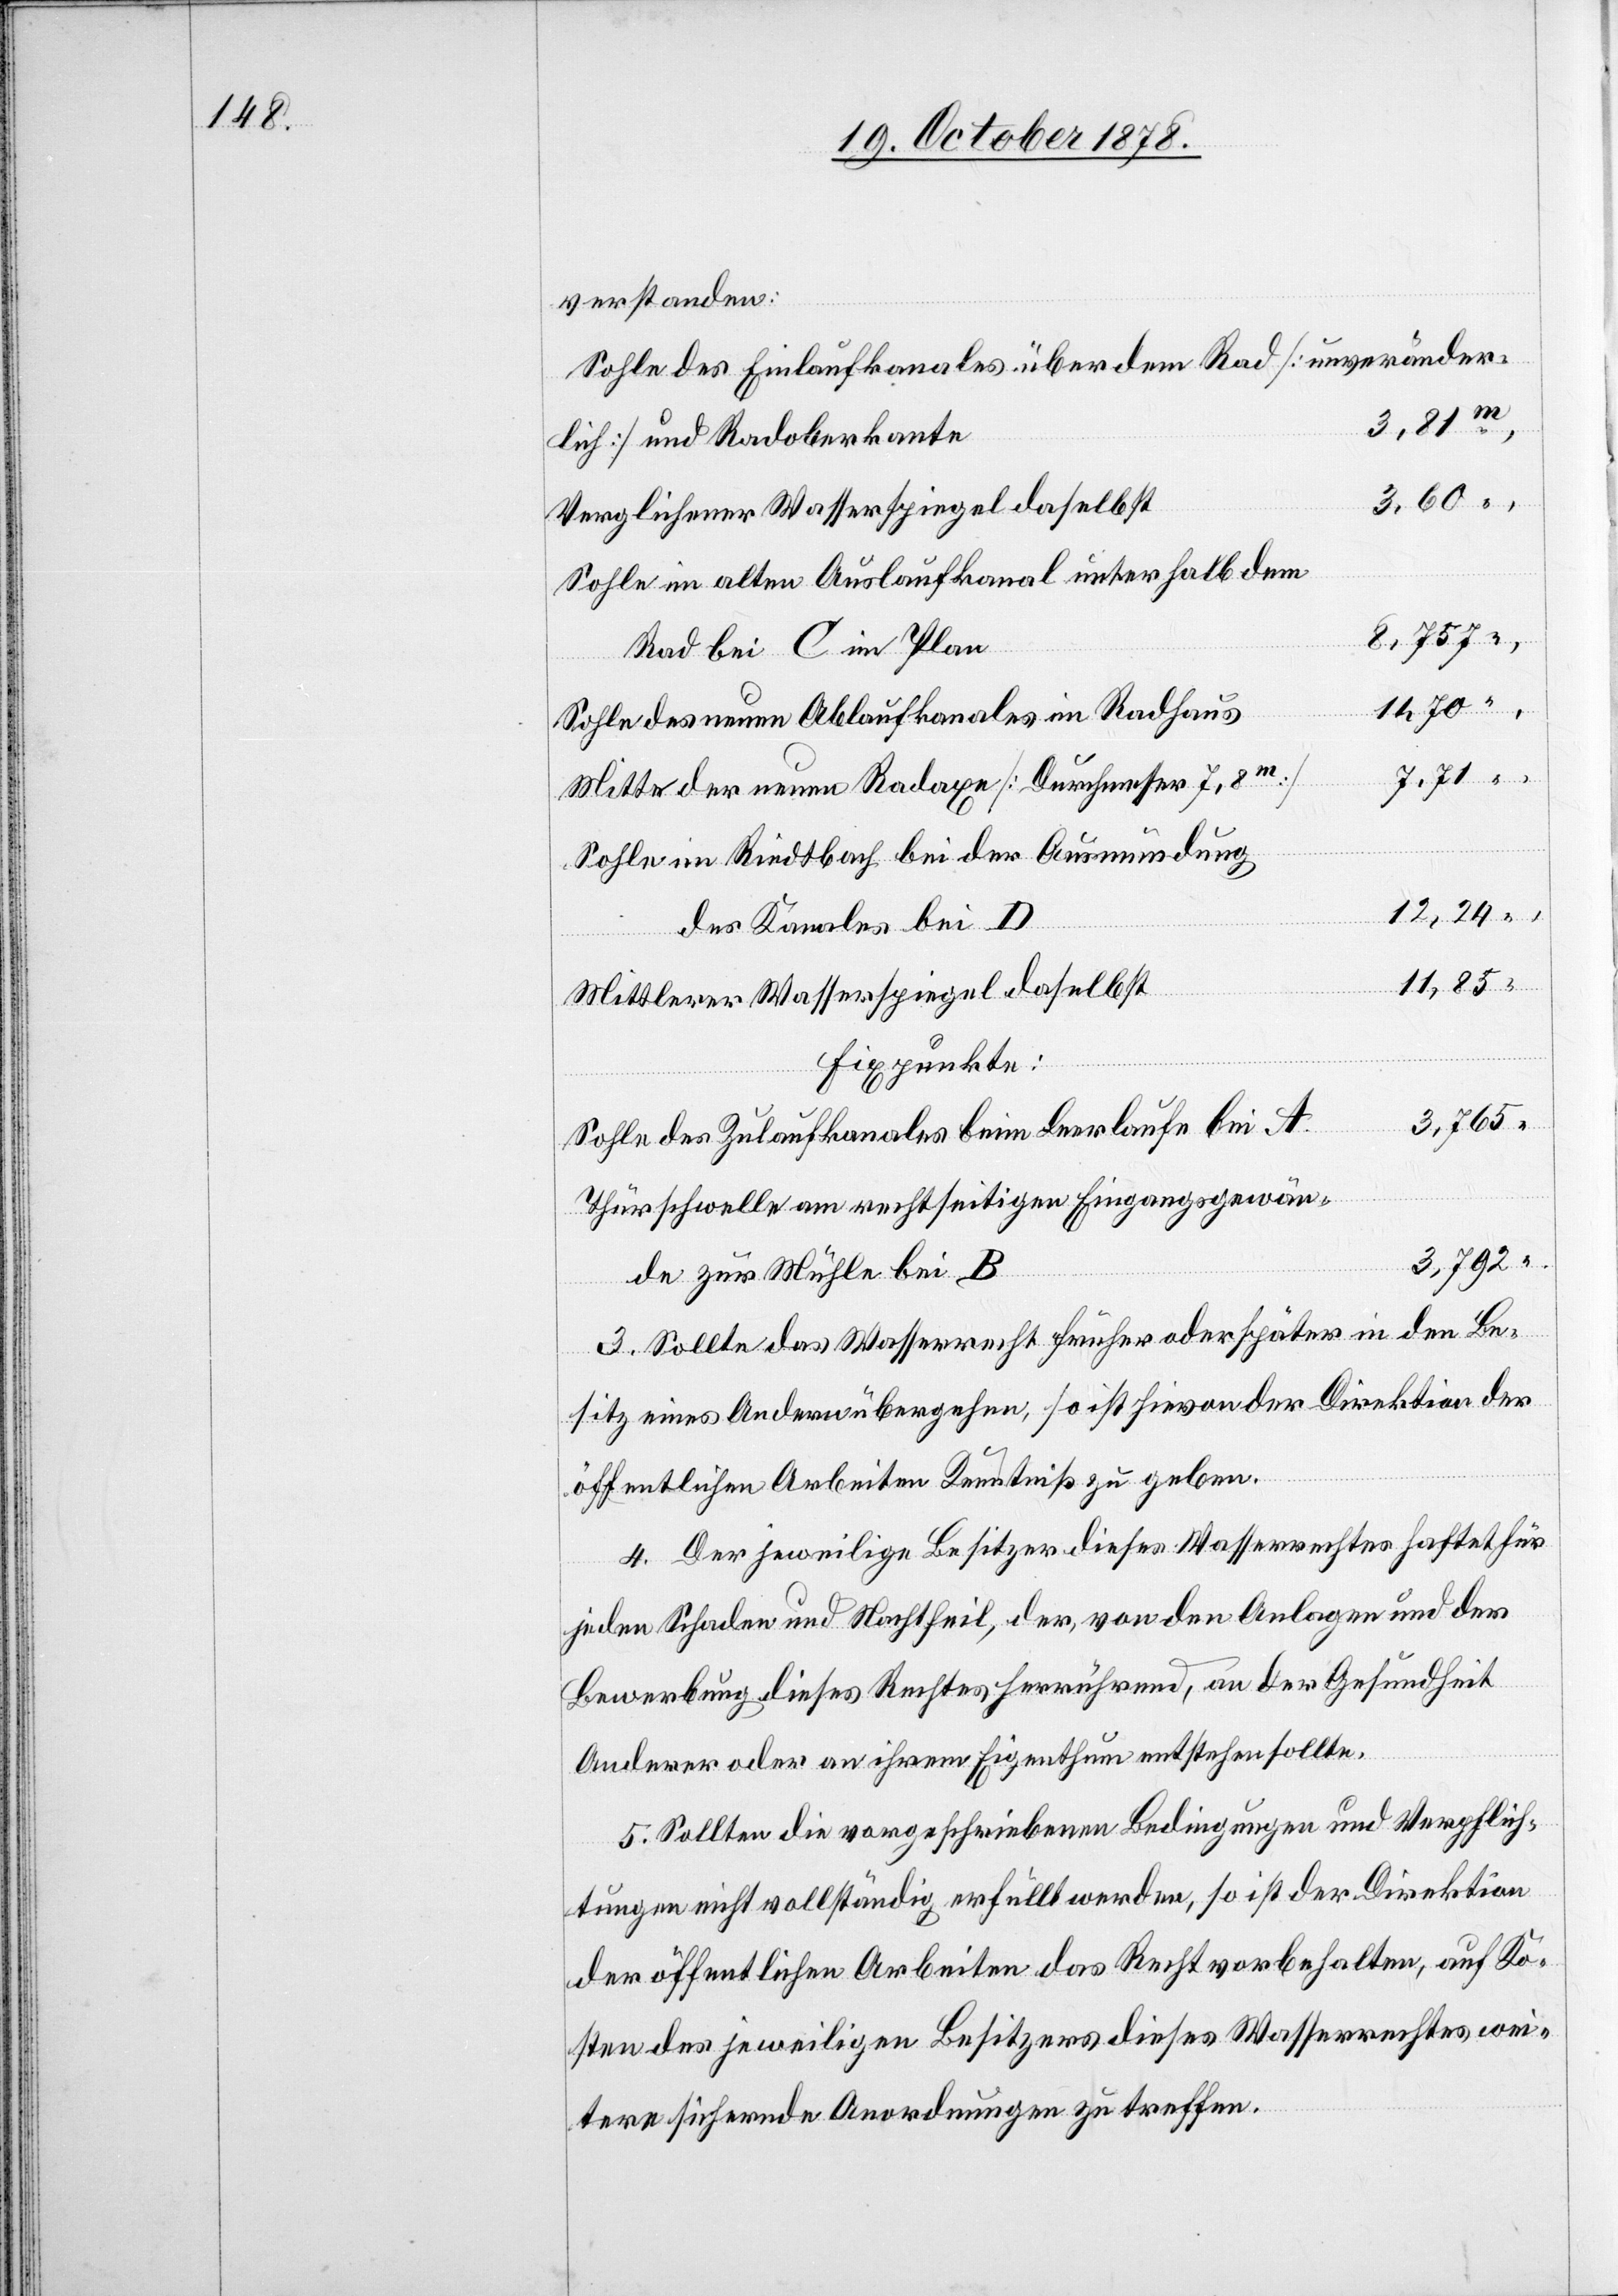
verstanden:
Sohle des Einlaufkanals über dem Rad [unveränder¬
3,81 m,
lich] und Radoberkante
Verglichener Wasserspiegel daselbst
Sohle im alten Auslaufkanal unterhalb dem
Rad bei C im Plan
14,70 “,
Sohle des neuen Ablaufkanales im Radhaus
Mitte der neuen Radaxe [Durchmesser 7,8
Sohle im Riedtbach bei der Ausmündung
12,24
des Kanales bei D
11,85
Mittlerer Wasserspiegel daselbst
Fixpunkte:
Sohle des Zulaufkanales beim Leerlauf bei A
Thürschwelle am rechtseitigen Eingangsgewän¬
3,792 “
de zur Mühle bei B
3. Sollte das Wasserrecht früher oder später in den Be¬
sitz eines Andern übergehen, so ist hievon der Direktion der
öffentlichen Arbeiten Kenntniß zu geben.
4. Der jeweilige Besitzer dieses Wasserrechtes haftet für
jeden Schaden und Nachtheil, der, von den Anlagen und der
Bewerbung dieses Rechts herrührend, an der Gesundheit
Anderer oder an ihrem Eigenthum entstehen sollte.
5. Sollten die vorgeschriebenen Bedingungen und Verpflich¬
tungen nicht vollständig erfüllt werden, so ist der Direktion
der öffentlichen Arbeiten das Recht vorbehalten, auf Ko¬
sten des jeweiligen Besitzers dieses Wasserrechtes wei¬
tere sichernde Anordnungen zu treffen.